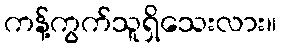
ကန့်ကွက်သူရှိသေးလား။